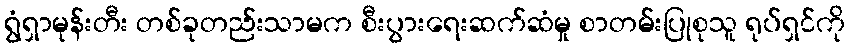
ရွံရှာမုန်းတီး တစ်ခုတည်းသာမက စီးပွားရေးဆက်ဆံမှု စာတမ်းပြုစုသူ ရုပ်ရှင်ကို